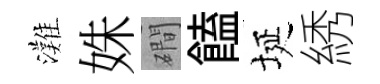
灘姝磵饁埏綉